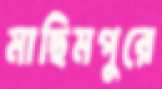
মাছিমপুরে